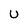
Character: U